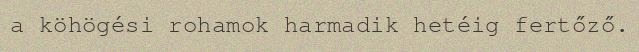
a köhögési rohamok harmadik hetéig fertőző.